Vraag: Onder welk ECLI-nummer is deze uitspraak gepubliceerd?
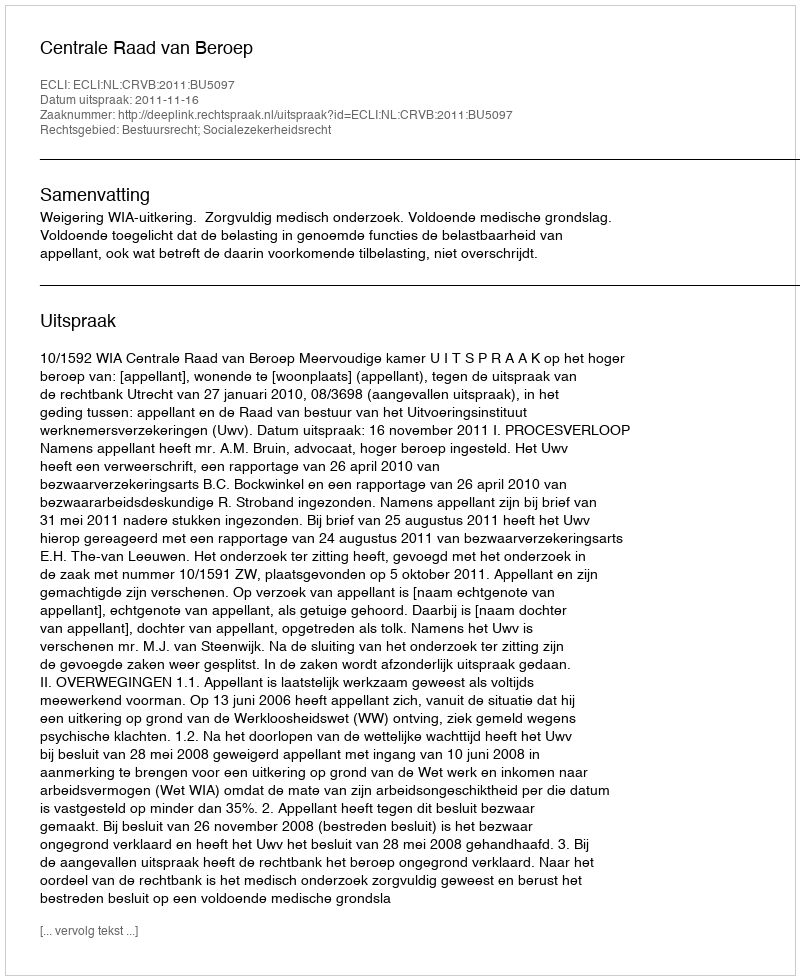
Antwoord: ECLI:NL:CRVB:2011:BU5097